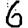
Digit: 6